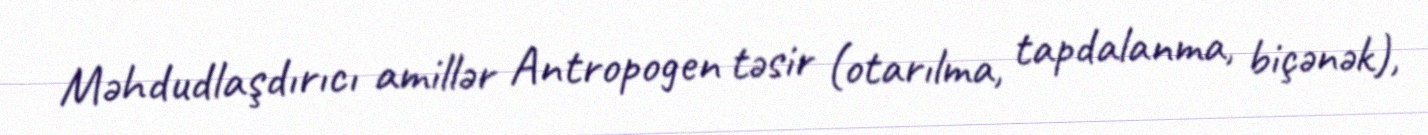
Məhdudlaşdırıcı amillər Antropogen təsir (otarılma, tapdalanma, biçənək),